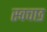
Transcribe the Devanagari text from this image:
स्वचछ